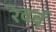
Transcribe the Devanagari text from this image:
रेवर्ब